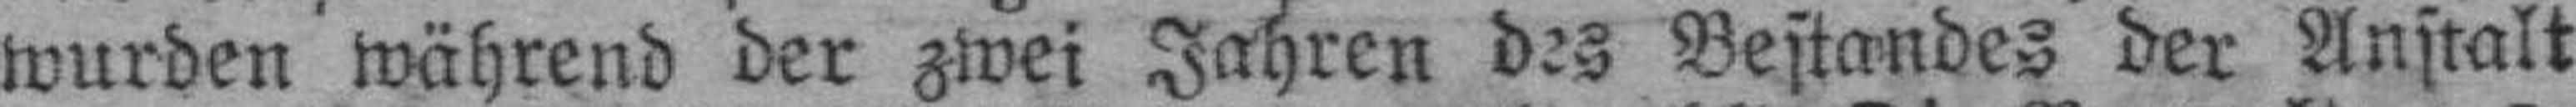
wurden während der zwei Jahren des Bestandes der Anstalt